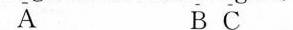
A B C